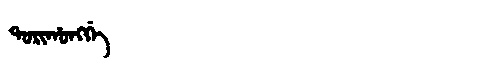
Manchu: ᡨᠣᡵᡳᡥᠣᠩᡤᡝ
Romanization: TORIHONGGE